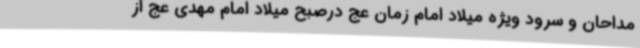
مداحان و سرود ویژه میلاد امام زمان عج درصبح میلاد امام مهدی عج از